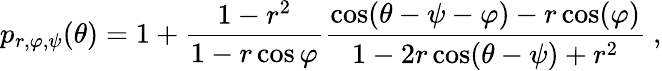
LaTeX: p_{r,\varphi,\psi}(\theta)=1+\frac{1-r^{2}}{1-r\cos\varphi}\frac{\cos(\theta-\psi-\varphi)-r\cos(\varphi)}{1-2r\cos(\theta-\psi)+r^{2}}\ ,